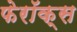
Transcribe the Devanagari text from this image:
फेरॉक्स